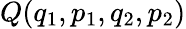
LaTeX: Q(q_{1},p_{1},q_{2},p_{2})